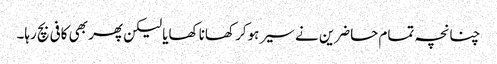
چنانچہ تمام حاضرین نے سیر ہوکر کھانا کھایا لیکن پھر بھی کافی بچ رہا۔